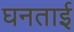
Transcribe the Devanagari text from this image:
घनताई